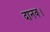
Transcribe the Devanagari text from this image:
दानव।